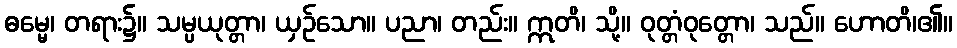
ဓမ္မေ၊ တရား၌။ သမ္ပယုတ္တာ၊ ယှဉ်သော။ ပညာ၊ တည်း။ ဣတိ၊ သို့။ ဝုတ္တံဝုတ္တော၊ သည်။ ဟောတိ၊၏။